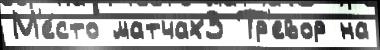
М'е́сто матчах3 Тр'евор на